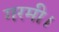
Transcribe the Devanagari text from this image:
गरमी।